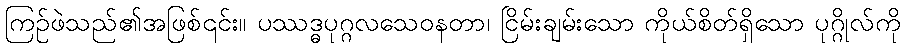
ကြဉ်ဖဲသည်၏အဖြစ်၎င်း။ ပဿဒ္ဓပုဂ္ဂလသေဝနတာ၊ ငြိမ်းချမ်းသော ကိုယ်စိတ်ရှိသော ပုဂ္ဂိုလ်ကို